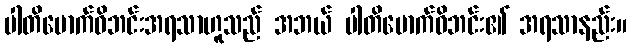
ပါတိမောက်ဝိဘင်းအရသာဟူသည် အဘယ် ပါတိမောက်ဝိဘင်း၏ အရသာနည်း။